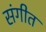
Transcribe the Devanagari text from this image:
संगीत